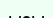
ызы